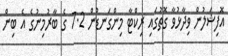
އޮފިޝަލުން ވިދާޅުވާ ގޮތުގައި ރިކްޓާ މިންގަނޑުން 7.2 ގެ ބާރުމިނުގެ އެ ބިން